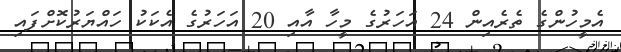
އެމީހުންގެ ތެރެއިން 24 އަހަރުގެ މީހާ އާއި 20 އަހަރުގެ އެކަކު ހައްޔަރުކޮށްފައި